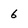
Character: 6